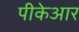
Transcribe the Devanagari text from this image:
पीकेआर